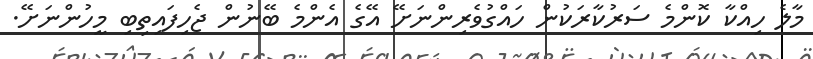
މާލެ ހިއްކާ ކޮންމެ ސަރުކާރަކުން ހައްގުވެރިންނަށޭ އޭގެ އެންމެ ބޭނުން ޖެހިފައިތިބި މީހުންނަށޭ.